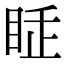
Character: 𥅸